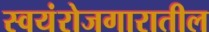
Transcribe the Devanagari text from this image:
स्वयंरोजगारातील